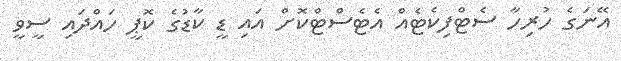
އޭނަގެ ހުރިހާ ސެޓްފިކެޓެއް އެޓެސްޓްކޮށް އައި ޑީ ކާޑުގެ ކޮޕީ ހައްދައި ސީވީ